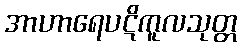
အာဟာရေပဋိကူလသုတ္တ